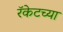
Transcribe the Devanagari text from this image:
रॅकेटच्या